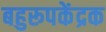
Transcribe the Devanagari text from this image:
बहुरूपकेंद्रक